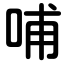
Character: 哺